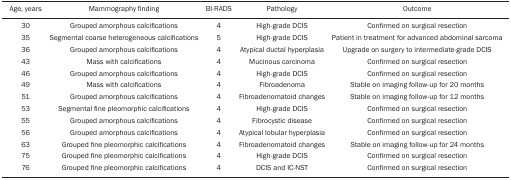
<table><thead><tr><td><b>Age, years </b></td><td><b>Mammography finding </b></td><td><b>BI-RADS </b></td><td><b>Pathology </b></td><td><b>Outcome </b></td></tr></thead><tbody><tr><td>30</td><td>Grouped amorphous calcifications</td><td>4</td><td>High-grade DCIS</td><td>Confirmed on surgical resection</td></tr><tr><td>35</td><td>Segmental coarse heterogeneous calcifications</td><td>5</td><td>High-grade DCIS</td><td>Patient in treatment for advanced abdominalsarcoma</td></tr><tr><td>36</td><td>Grouped amorphous calcifications</td><td>4</td><td>Atypical ductal hyperplasia</td><td>Upgrade on surgery to intermediate-grade DCIS</td></tr><tr><td>43</td><td>Mass with calcifications</td><td>4</td><td>Mucinous carcinoma</td><td>Confirmed on surgical resection</td></tr><tr><td>46</td><td>Grouped amorphous calcifications</td><td>4</td><td>High-grade DCIS</td><td>Confirmed on surgical resection</td></tr><tr><td>49</td><td>Mass with calcifications</td><td>4</td><td>Fibroadenoma</td><td>Stable on imaging follow-up for 20 months</td></tr><tr><td>51</td><td>Grouped amorphous calcifications</td><td>4</td><td>Fibroadenomatoid changes</td><td>Stable on imaging follow-up for 12 months</td></tr><tr><td>53</td><td>Segmental fine pleomorphic calcifications</td><td>4</td><td>High-grade DCIS</td><td>Confirmed on surgical resection</td></tr><tr><td>55</td><td>Grouped amorphous calcifications</td><td>4</td><td>Fibrocystic disease</td><td>Confirmed on surgical resection</td></tr><tr><td>56</td><td>Grouped amorphous calcifications</td><td>4</td><td>Atypical lobular hyperplasia</td><td>Confirmed on surgical resection</td></tr><tr><td>63</td><td>Grouped fine pleomorphic calcifications</td><td>4</td><td>Fibroadenomatoid changes</td><td>Stable on imaging follow-up for 24 months</td></tr><tr><td>75</td><td>Grouped fine pleomorphic calcifications</td><td>4</td><td>High-grade DCIS</td><td>Confirmed on surgical resection</td></tr><tr><td>76</td><td>Grouped fine pleomorphic calcifications</td><td>4</td><td>DCIS and IC-NST</td><td>Confirmed on surgical resection</td></tr></tbody></table>